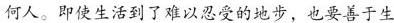
何人。即使生活到了难以忍受的地步，也要善于生